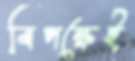
বিপক্ষেই